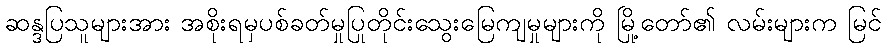
ဆန္ဒပြသူများအား အစိုးရမှပစ်ခတ်မှုပြုတိုင်းသွေးမြေကျမှုများကို မြို့တော်၏ လမ်းများက မြင်